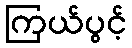
ကြယ်ပွင့်